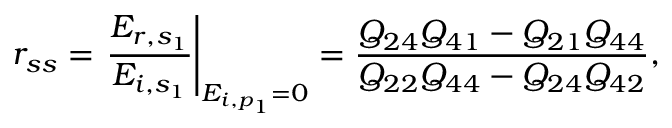
r _ { s s } = \left. \frac { E _ { r , s _ { 1 } } } { E _ { i , s _ { 1 } } } \right\vert _ { E _ { i , p _ { 1 } } = 0 } = \frac { Q _ { 2 4 } Q _ { 4 1 } - Q _ { 2 1 } Q _ { 4 4 } } { Q _ { 2 2 } Q _ { 4 4 } - Q _ { 2 4 } Q _ { 4 2 } } ,